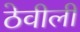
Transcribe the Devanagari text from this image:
ठेवीली